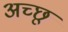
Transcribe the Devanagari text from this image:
अच्छू